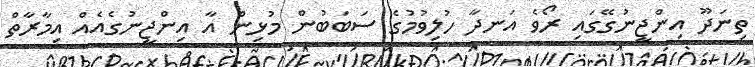
ތިނަދޫ އިންޖީނުގޭގައި ރޯވެ އަނދާ ހުލިވުމުގެ ސަބަބުން މުޅިން އާ އިންޖީނުގެއެއް އިމާރާތް